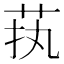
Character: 𱽜